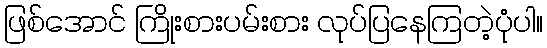
ဖြစ်အောင် ကြိုးစားပမ်းစား လုပ်ပြနေကြတဲ့ပုံပါ။